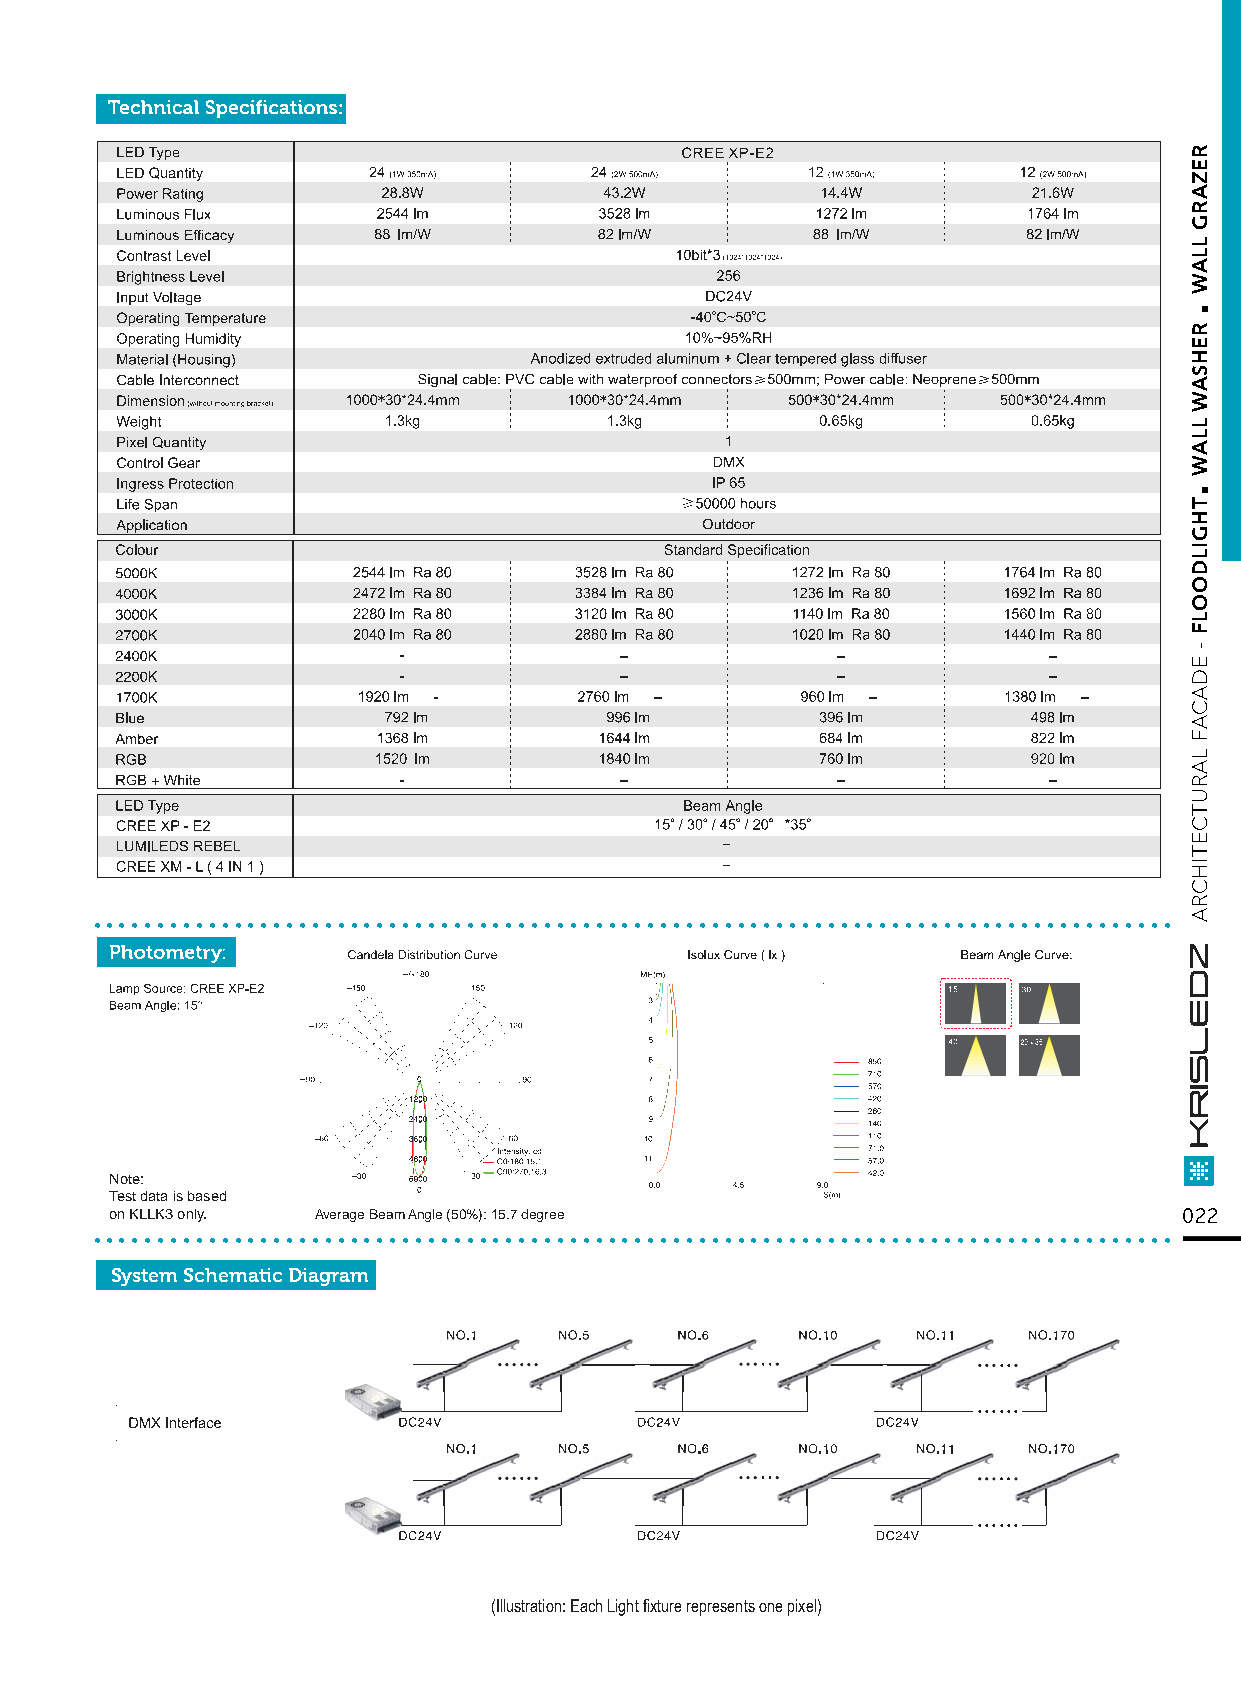
....................................................................................
 Note:
 Test data is based
 ..o.n K.L.LK.3. o.nl.y. . ........Av.e.ra.ge. B.ea.m. A.ng.le. (5.0.%.): .15..7. de.g.re.e............................................... 022
 System Schematic Diagram
 (Illustration: Each Light fixture represents one pixel)
 .
 .
 REZARG
 LLAW
 REHSAW
 LLAW
 THGILDOOLF
 -
 EDACAF
 LARUTCETIHCRA